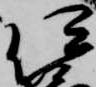
伊